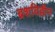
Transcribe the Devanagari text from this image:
ब्रशविहीन